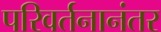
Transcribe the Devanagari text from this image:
परिवर्तनानंतर